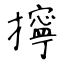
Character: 擰